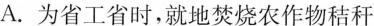
A.为省工省时，就地焚烧农作物秸秆